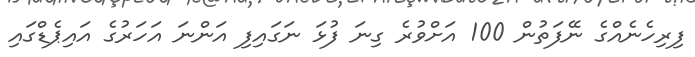
ފިރިހެނެއްގެ ނޭފަތުން 100 އަށްވުރެ ގިނަ ފުޅަ ނަގައިފި އަންނަ އަހަރުގެ އައިޕެޑްގައި